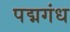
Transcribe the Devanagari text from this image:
पद्मगंध